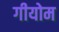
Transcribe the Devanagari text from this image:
गीयोम